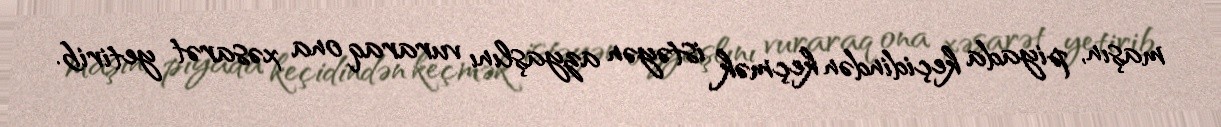
maşın, piyada keçidindən keçmək istəyən azyaşlını vuraraq ona xəsarət yetirib.